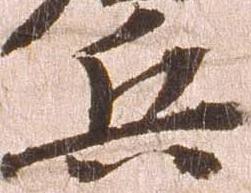
兵